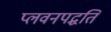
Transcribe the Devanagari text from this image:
प्लवनपद्धति